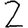
Digit: 2